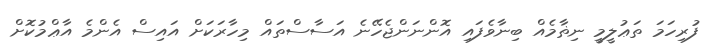
ފުރިހަމަ ތަޢުލީމީ ނިޡާމެއް ބިނާވެފައި އޮންނަންޖެހޭނެ އަސާސްތައް މިހާރަކަށް އައިސް އެންމެ އާޢްމުކޮށް